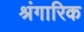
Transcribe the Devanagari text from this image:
श्रंगारिक